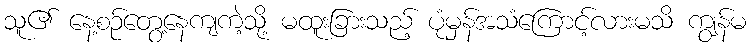
သူ၏ နေ့စဉ်တွေ့နေကျကဲ့သို့ မထူးခြားသည့် ပုံမှန်အသံကြောင့်လားမသိ ကျွန်မ